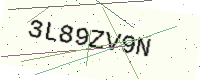
Text: 3L89ZV9N